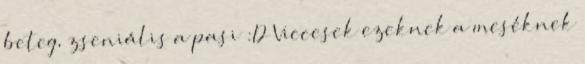
beteg, zseniális a pasi :D Viccesek ezeknek a meséknek